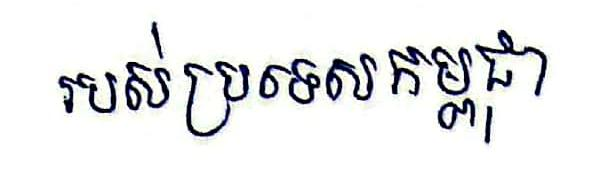
របស់ប្រទេសកម្ពុជា